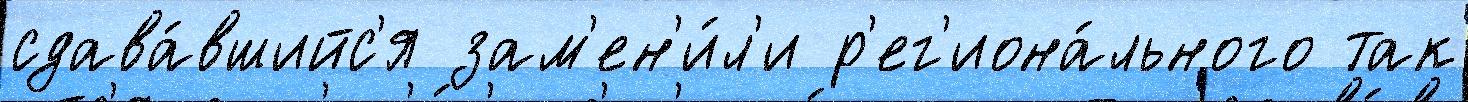
сдава́вшийс'я зам'ен'и́л'и р'ег'иона́льного так